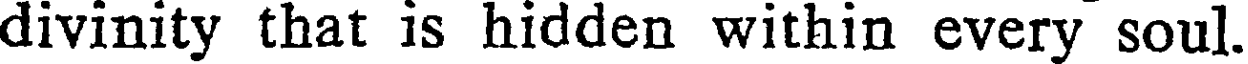
divinity that is hidden within every soul